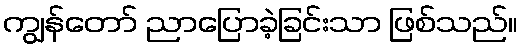
ကျွန်တော် ညာပြောခဲ့ခြင်းသာ ဖြစ်သည်။